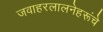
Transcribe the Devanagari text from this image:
जवाहरलालनेहरूंचे